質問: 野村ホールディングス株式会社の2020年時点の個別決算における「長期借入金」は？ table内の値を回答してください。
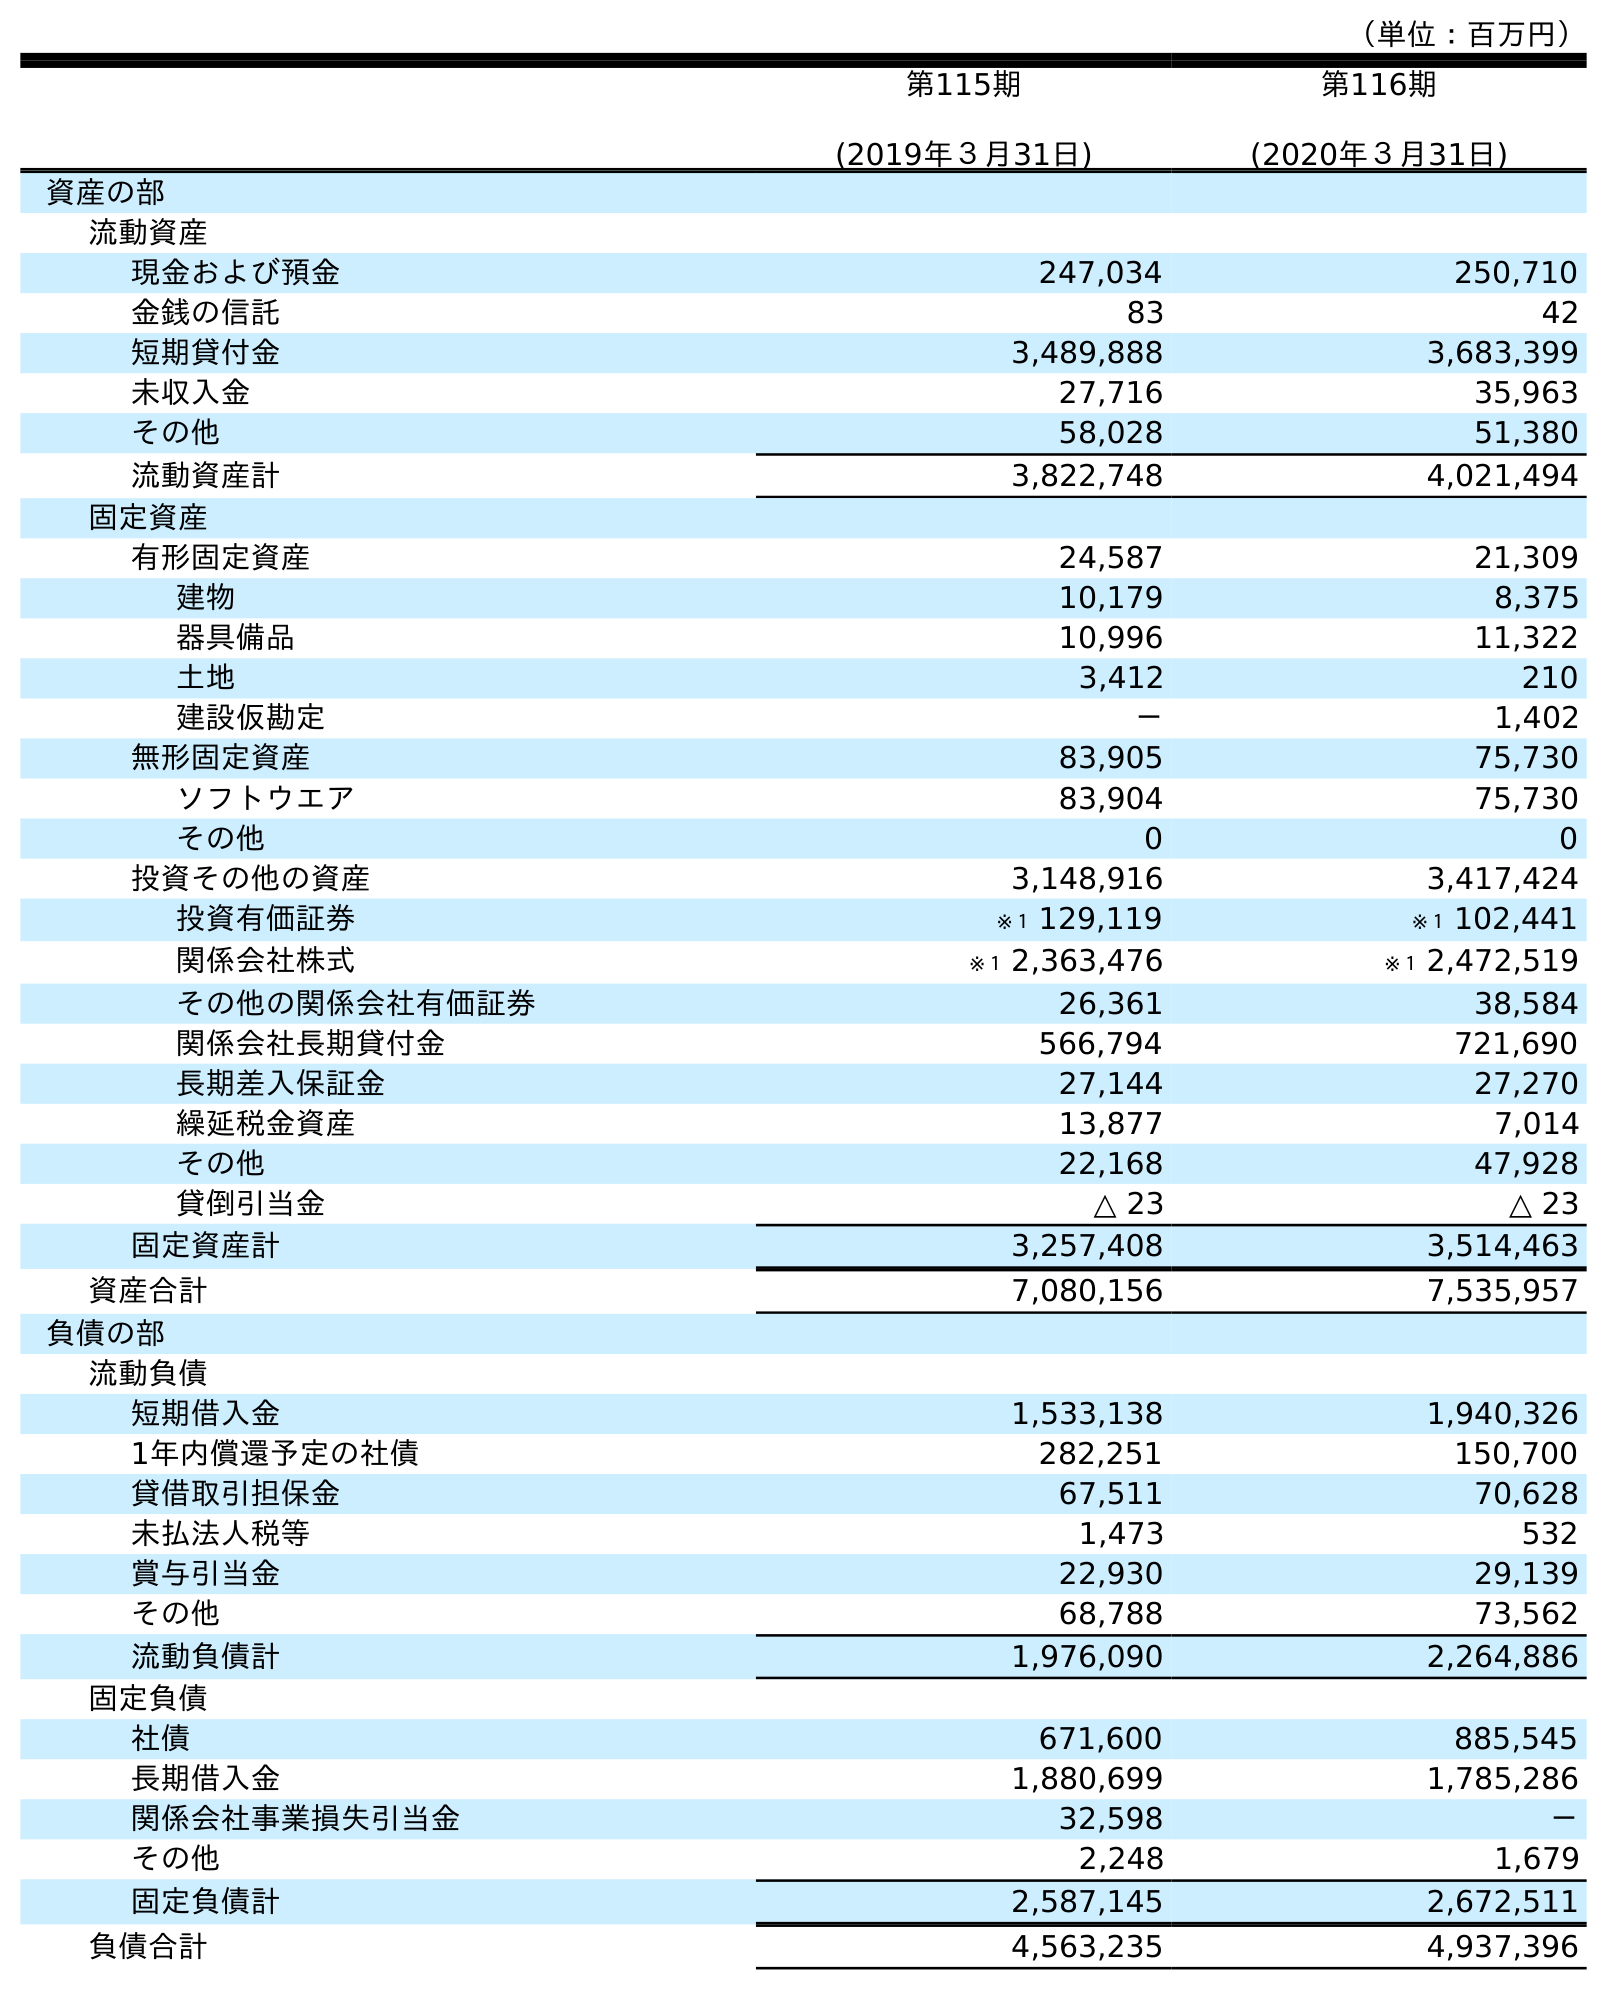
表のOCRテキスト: （単位：百万円） 第115期 (2019年３月31日) 第116期 (2020年３月31日) 資産の部 流動資産 現金および預金 247,034 250,710 金銭の信託 83 42 短期貸付金 3,489,888 3,683,399 未収入金 27,716 35,963 その他 58,028 51,380 流動資産計 3,822,748 4,021,494 固定資産 有形固定資産 24,587 21,309 建物 10,179 8,375 器具備品 10,996 11,322 土地 3,412 210 建設仮勘定 － 1,402 無形固定資産 83,905 75,730 ソフトウエア 83,904 75,730 その他 0 0 投資その他の資産 3,148,916 3,417,424 投資有価証券 ※１ 129,119 ※１ 102,441 関係会社株式 ※１ 2,363,476 ※１ 2,472,519 その他の関係会社有価証券 26,361 38,584 関係会社長期貸付金 566,794 721,690 長期差入保証金 27,144 27,270 繰延税金資産 13,877 7,014 その他 22,168 47,928 貸倒引当金 △ 23 △ 23 固定資産計 3,257,408 3,514,463 資産合計 7,080,156 7,535,957 負債の部 流動負債 短期借入金 1,533,138 1,940,326 1年内償還予定の社債 282,251 150,700 貸借取引担保金 67,511 70,628 未払法人税等 1,473 532 賞与引当金 22,930 29,139 その他 68,788 73,562 流動負債計 1,976,090 2,264,886 固定負債 社債 671,600 885,545 長期借入金 1,880,699 1,785,286 関係会社事業損失引当金 32,598 － その他 2,248 1,679 固定負債計 2,587,145 2,672,511 負債合計 4,563,235 4,937,396
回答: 1,785,286